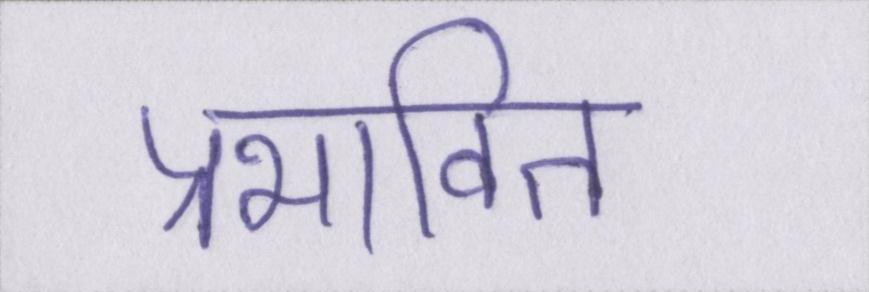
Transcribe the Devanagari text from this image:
प्रभावित